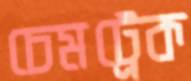
চেমট্রেক